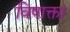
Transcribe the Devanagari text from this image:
विषाक्ता